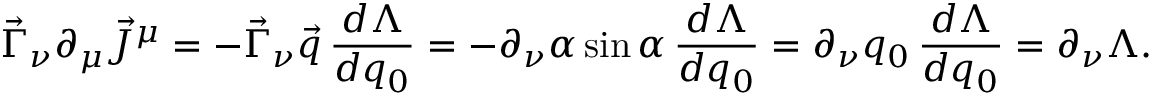
\vec { \Gamma } _ { \nu } \partial _ { \mu } \vec { J } ^ { \mu } = - \vec { \Gamma } _ { \nu } \vec { q } \, \frac { d \Lambda } { d q _ { 0 } } = - \partial _ { \nu } \alpha \sin \alpha \, \frac { d \Lambda } { d q _ { 0 } } = \partial _ { \nu } q _ { 0 } \, \frac { d \Lambda } { d q _ { 0 } } = \partial _ { \nu } \Lambda .